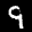
Label: 9